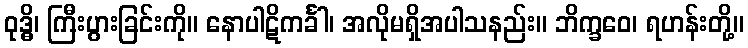
ဝုဒ္ဓိ၊ ကြီးပွားခြင်းကို။ နောပါဋိကင်္ခါ၊ အလိုမရှိအပါသနည်း။ ဘိက္ခဝေ၊ ရဟန်းတို့။